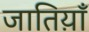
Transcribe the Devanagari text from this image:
जातिय़ाँ